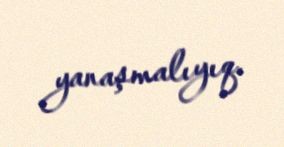
yanaşmalıyıq.